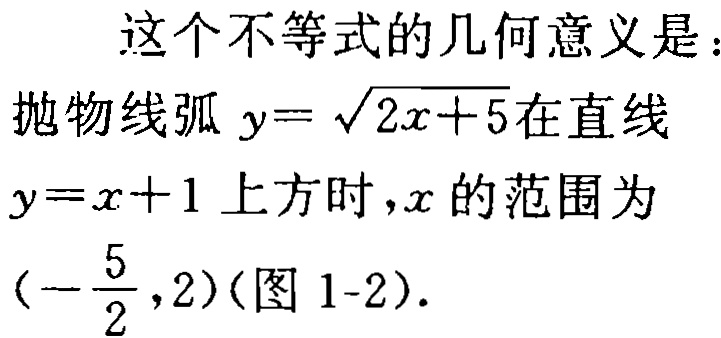
这个不等式的几何意义是：抛物线弧 \(y = \sqrt{2x + 5}\)在直线 \(y = x + 1\)上方时，\(x\)的范围为\((-\frac{5}{2},2)\)(图 1-2).